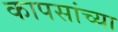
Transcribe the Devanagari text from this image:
कापसांच्या